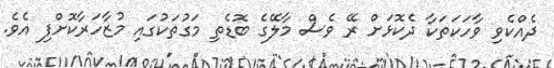
ދެއްކެވި ވާހަކަތަކާ ދެކޮޅަށް ރޭ ވެސް މާލޭގެ ބޮޑެތި މަގުތަކުގައި މުޒާހަރާކޮށްފި އެވެ.